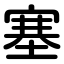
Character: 塞